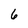
Character: 6